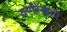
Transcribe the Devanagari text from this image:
वर्णरेखाएँ